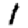
Digit: 1